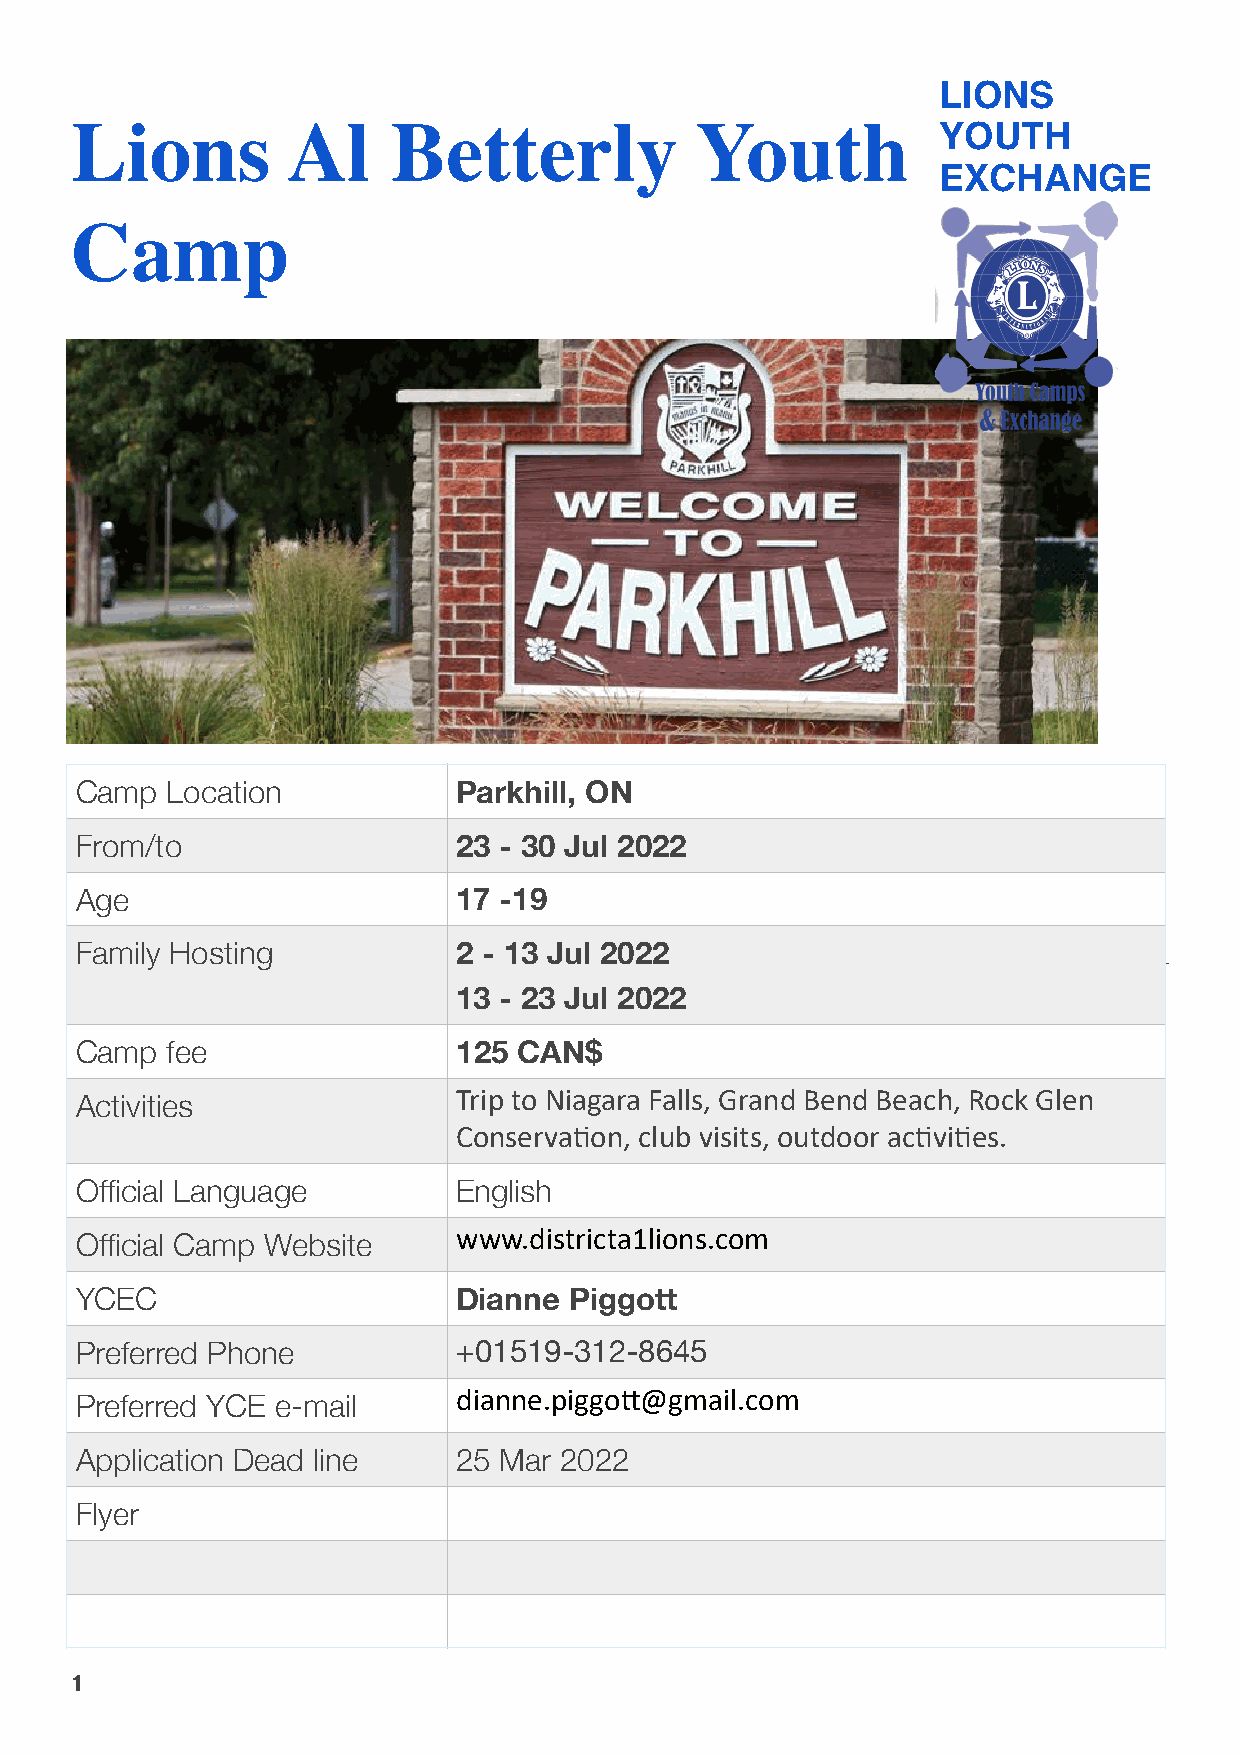
LIONS
 Lions         Al     Betterly            Youth           YOUTH
 EXCHANGE
 Camp
 Camp  Location           Parkhill, ON
 From/to                  23 - 30 Jul 2022
 Age                      17 -19
 Family Hosting           2 - 13 Jul 2022
 13 - 23 Jul 2022
 Camp  fee                125 CAN$
 Activities               Trip to Niagara Falls, Grand Bend Beach, Rock Glen
 Conserva:on, club visits, outdoor ac:vi:es.
 Official Language        English
 Official Camp Website    www.districta1lions.com
 YCEC                     Dianne  Piggott
 Preferred Phone          +01519-312-8645
 Preferred YCE e-mail     dianne.piggoA@gmail.com
 Application Dead line    25 Mar 2022
 Flyer
 1